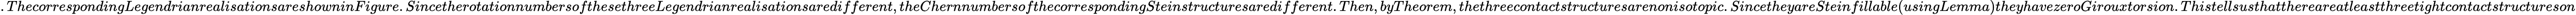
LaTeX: .ThecorrespondingLegendrianrealisationsareshowninFigure.SincetherotationnumbersofthesethreeLegendrianrealisationsaredifferent,theChernnumbersofthecorrespondingSteinstructuresaredifferent.Then,byTheorem,thethreecontactstructuresarenonisotopic.SincetheyareSteinfillable(usingLemma)theyhavezeroGirouxtorsion.Thistellsusthatthereareatleastthreetightcontactstructureson